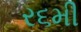
ર૬મી